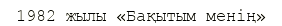
1982 жылы «Бақытым менің»